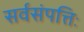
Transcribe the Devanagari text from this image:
सर्वसंपत्तिः